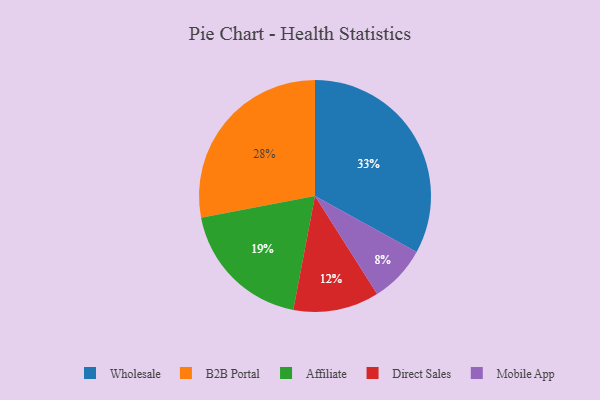
{"axis": {"x": "Category", "y": "Percentage"}, "legend": ["Affiliate", "B2B Portal", "Direct Sales", "Mobile App", "Wholesale"], "data": [{"x": "Direct Sales", "y": 12, "type": "Direct Sales"}, {"x": "Wholesale", "y": 33, "type": "Wholesale"}, {"x": "B2B Portal", "y": 28, "type": "B2B Portal"}, {"x": "Affiliate", "y": 19, "type": "Affiliate"}, {"x": "Mobile App", "y": 8, "type": "Mobile App"}]}